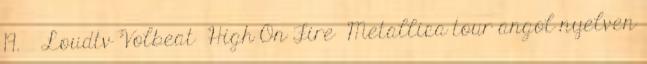
19. ↑ Loudtv Volbeat High On Fire Metallica tour angol nyelven